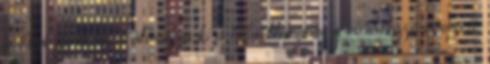
a Súgó gombra. Válassza ki a hibaelhárításra vonatkozó részeit.